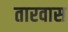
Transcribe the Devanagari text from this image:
तारवास